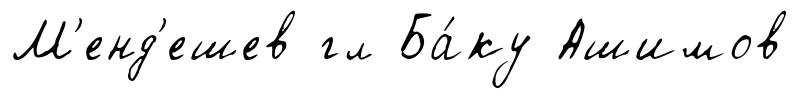
М'енд'ешев гл Ба́ку Ашимов